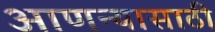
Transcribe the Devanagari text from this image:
आणन्यासाठी